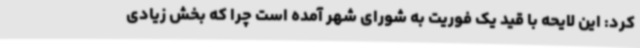
کرد: این لایحه با قید یک فوریت به شورای شهر آمده است چرا که بخش زیادی